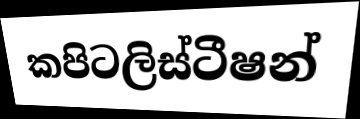
කපිටලිස්ටීෂන්